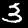
Digit: 3